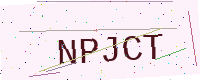
Text: NPJCT